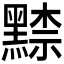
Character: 𪑨